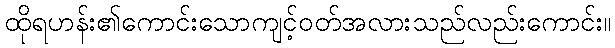
ထိုရဟန်း၏ကောင်းသောကျင့်ဝတ်အလားသည်လည်းကောင်း။